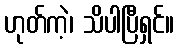
ဟုတ်ကဲ့၊ သိပါပြီရှင်။